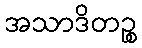
အသာဒိတဉ္စ